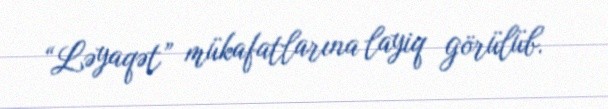
“Ləyaqət” mükafatlarına layiq görülüb.